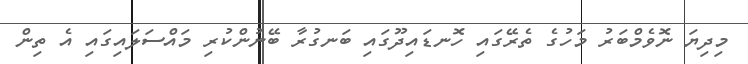
މިދިޔަ ނޮވެމްބަރު މަހުގެ ތެރޭގައި ހޮނޑައިދޫގައި ބަނގުރާ ބޭނުންކުރި މައްސަލައިގައި އެ ތިން